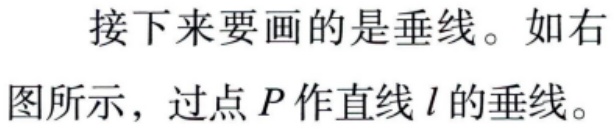
接下来要画的是垂线。如右图所示，过点\(P\)作直线\(l\)的垂线。